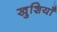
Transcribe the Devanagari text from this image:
खुशियॉँ